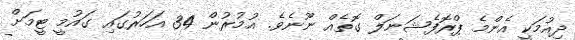
ދިއުމަކީ އެންމެ ޕްރޮފެޝަނަލް ގޮތެއް ނޫނެވެ. އުމުރުން 34 އަހަރުގައި ގައުމީ ޓީމަށް